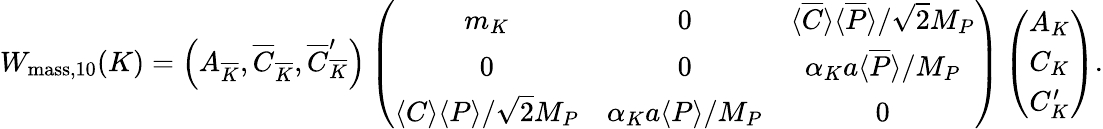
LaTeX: W_{\mathrm{mass,10}}(K)=\left(A_{\overline{{{K}}}},\overline{{{C}}}_{\overline{{{K}}}},\overline{{{C}}}_{\overline{{{K}}}}^{\prime}\right)\left(\begin{array}{ccc}{{m_{K}}}&{{0}}&{{\langle\overline{{{C}}}\rangle\langle\overline{{{P}}}\rangle/\sqrt{2}M_{P}}}\\ {{0}}&{{0}}&{{\alpha_{K}a\langle\overline{{{P}}}\rangle/M_{P}}}\\ {{\langle C\rangle\langle P\rangle/\sqrt{2}M_{P}}}&{{\alpha_{K}a\langle P\rangle/M_{P}}}&{{0}}\end{array}\right)\left(\begin{array}{c}{{A_{K}}}\\ {{C_{K}}}\\ {{C_{K}^{\prime}}}\end{array}\right).